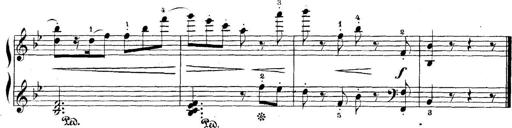
Title: 5 Sonatinas
Composer: Theodor Kirchner